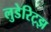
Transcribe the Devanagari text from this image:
लुडेरिट्झ